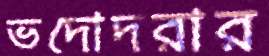
ভদোদরার